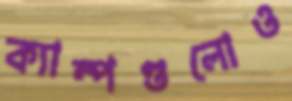
ক্যাম্পগুলোও